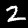
Label: 2